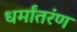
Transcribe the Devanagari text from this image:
धर्मांतरंण